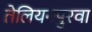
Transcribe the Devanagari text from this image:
तेलियनपुरवा